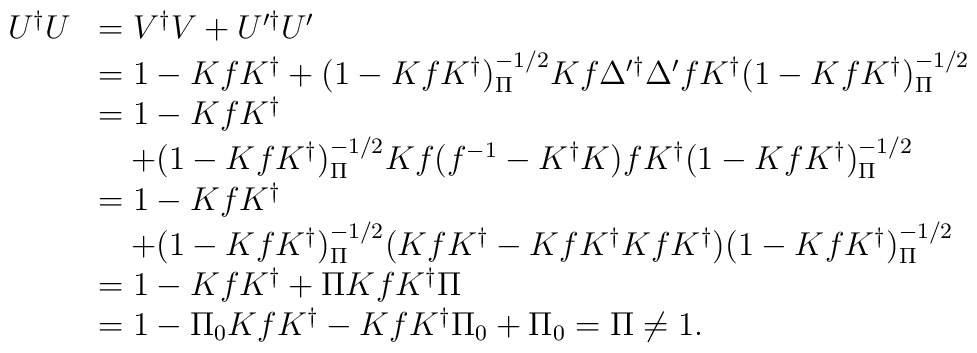
\begin{array}{rl}U^\dag U&=V^\dag V+U'^\dag U'\\&=1-K f K^\dag+(1-K fK^\dag)^{-1/2}_\Pi Kf\Delta'^\dag\Delta'fK^\dag(1-K f K^\dag)^{-1/2}_\Pi\\&=1-K f K^\dag\\&\quad+(1-K fK^\dag)^{-1/2}_\Pi Kf(f^{-1}-K^\dag K)fK^\dag(1-K f K^\dag)^{-1/2}_\Pi\\&=1-K f K^\dag\\&\quad+(1-K fK^\dag)^{-1/2}_\Pi(KfK^\dag-KfK^\dag KfK^\dag)(1-K fK^\dag)^{-1/2}_\Pi\\&=1-K f K^\dag+\Pi K f K^\dag\Pi\\&=1-\Pi_0 K f K^\dag-K f K^\dag\Pi_0+\Pi_0=\Pi\ne 1.\end{array}